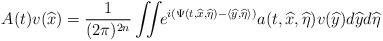
LaTeX: \begin{align*} A(t)v(\widehat x)=\frac{1}{(2\pi)^{2n}}\iint\!\! e^{i(\Psi(t,\widehat x,\widehat\eta)-\langle\widehat y,\widehat \eta\rangle)}a(t,\widehat x,\widehat\eta)v(\widehat y)d\widehat yd\widehat\eta\end{align*}